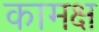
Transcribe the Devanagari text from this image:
कामक्ष